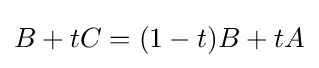
B+tC=(1-t)B+tA